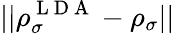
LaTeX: ||\rho_{\sigma}^{\mathrm{~L~D~A~}}-\rho_{\sigma}||